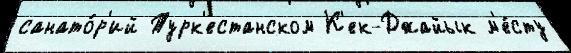
санато́р'ий Турк'естанском К'ек-Джайык м'е́сту